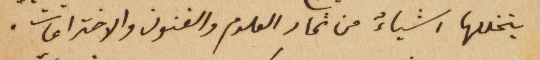
يتخللها اشياءٌ من ثمار العلوم والفنون والاختراعات.